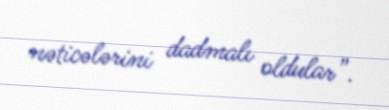
nəticələrini dadmalı oldular”.